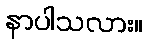
နာပါသလား။